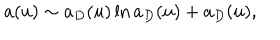
a ( u ) \sim a _ { D } ( u ) \ln a _ { D } ( u ) + a _ { D } ( u ) ,